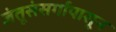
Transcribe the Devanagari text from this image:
जंतूसंसर्गापासून